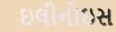
ઇલીનોઇસ